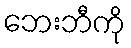
ဘေးဘီကို